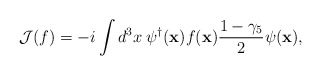
\begin{align*}{\cal J}(f)=-i\int{d^{3}x\:{\psi^{\dagger}({\bf x})}f({\bf x})\frac{1-\gamma_{5}}{2}\psi({\bf x})},\end{align*}